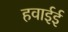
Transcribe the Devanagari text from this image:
हवाईई